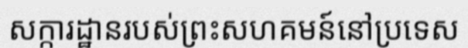
សក្ការដ្ឋានរបស់ព្រះសហគមន៍នៅប្រទេស